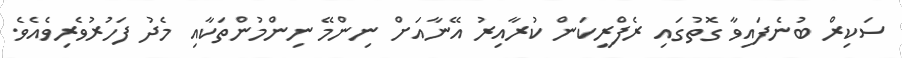
ސަކިރް ބުނެފައިވާ ގޮތުގައި ރެފްރީކަން ކުރާއިރު އޭނާއަށް ނިންމޭ ނިންމުންތަކާއި މެދު ފަހުރުވެރިވެއެވެ.